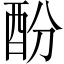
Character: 酚